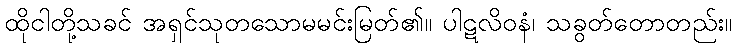
ထိုငါတို့သခင် အရှင်သုတသောမမင်းမြတ်၏။ ပါဋလိဝနံ၊ သခွတ်တောတည်း။